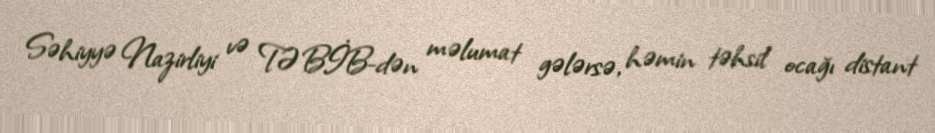
Səhiyyə Nazirliyi və TƏBİB-dən məlumat gələrsə, həmin təhsil ocağı distant